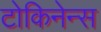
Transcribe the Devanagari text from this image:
टोकिनेन्स